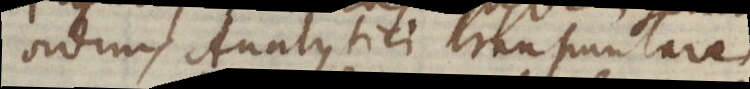
ordinis Analytici transuntare